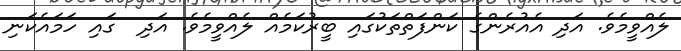
ލެއްވީމެވެ. އަދި އެއުރެންގެ ކަންފަތްތަކުގައި ބީރުކަމެއް ލެއްވީމެވެ. އަދި  ގައި ހަމައެކަނި